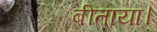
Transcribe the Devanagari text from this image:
बीताया।